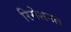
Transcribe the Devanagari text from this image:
रिसेशनल